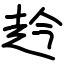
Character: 赺